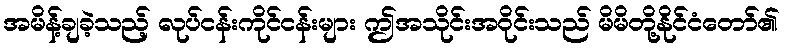
အမိန့်ချခဲ့သည့် လုပ်ငန်းကိုင်ငန်းများ ဤအသိုင်းအဝိုင်းသည် မိမိတို့နိုင်ငံတော်၏